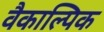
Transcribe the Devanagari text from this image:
वैकाल्पिक